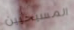
المسيحيين